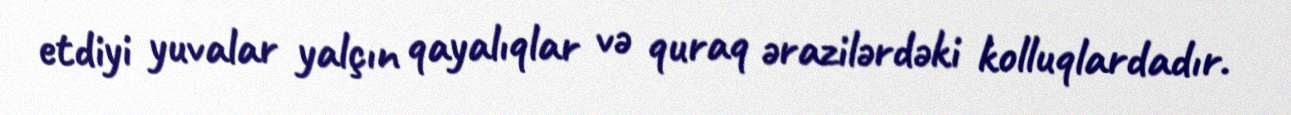
etdiyi yuvalar yalçın qayalıqlar və quraq ərazilərdəki kolluqlardadır.